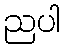
ညပါ